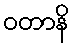
ဝတာနိ